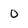
Character: 0